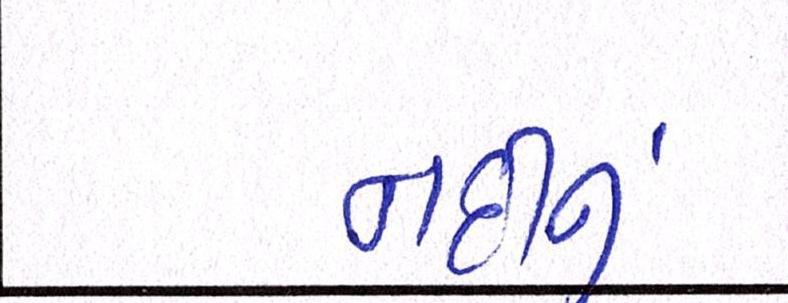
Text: નદીનું